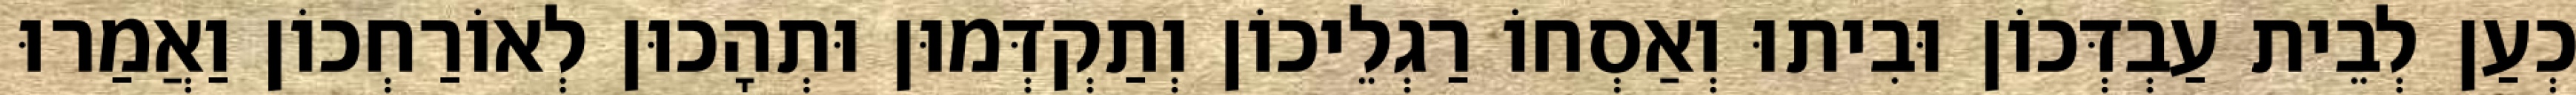
כְעַן לְבֵית עַבְדְּכוֹן וּבִיתוּ וְאַסְחוֹ רַגְלֵיכוֹן וְתַקְדְּמוּן וּתְהָכוּן לְאוֹרַחְכוֹן וַאֲמַרוּ